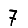
Digit: 7